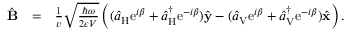
\begin{array} { r l r } { \hat { \bf B } } & { = } & { \frac { 1 } { v } \sqrt { \frac { \hbar \omega } { 2 \epsilon V } } \left( ( \hat { a } _ { \mathrm { H } } \mathrm { e } ^ { i \beta } + \hat { a } _ { \mathrm { H } } ^ { \dagger } \mathrm { e } ^ { - i \beta } ) \hat { \bf y } - ( \hat { a } _ { \mathrm { V } } \mathrm { e } ^ { i \beta } + \hat { a } _ { \mathrm { V } } ^ { \dagger } \mathrm { e } ^ { - i \beta } ) \hat { \bf x } \right) . } \end{array}